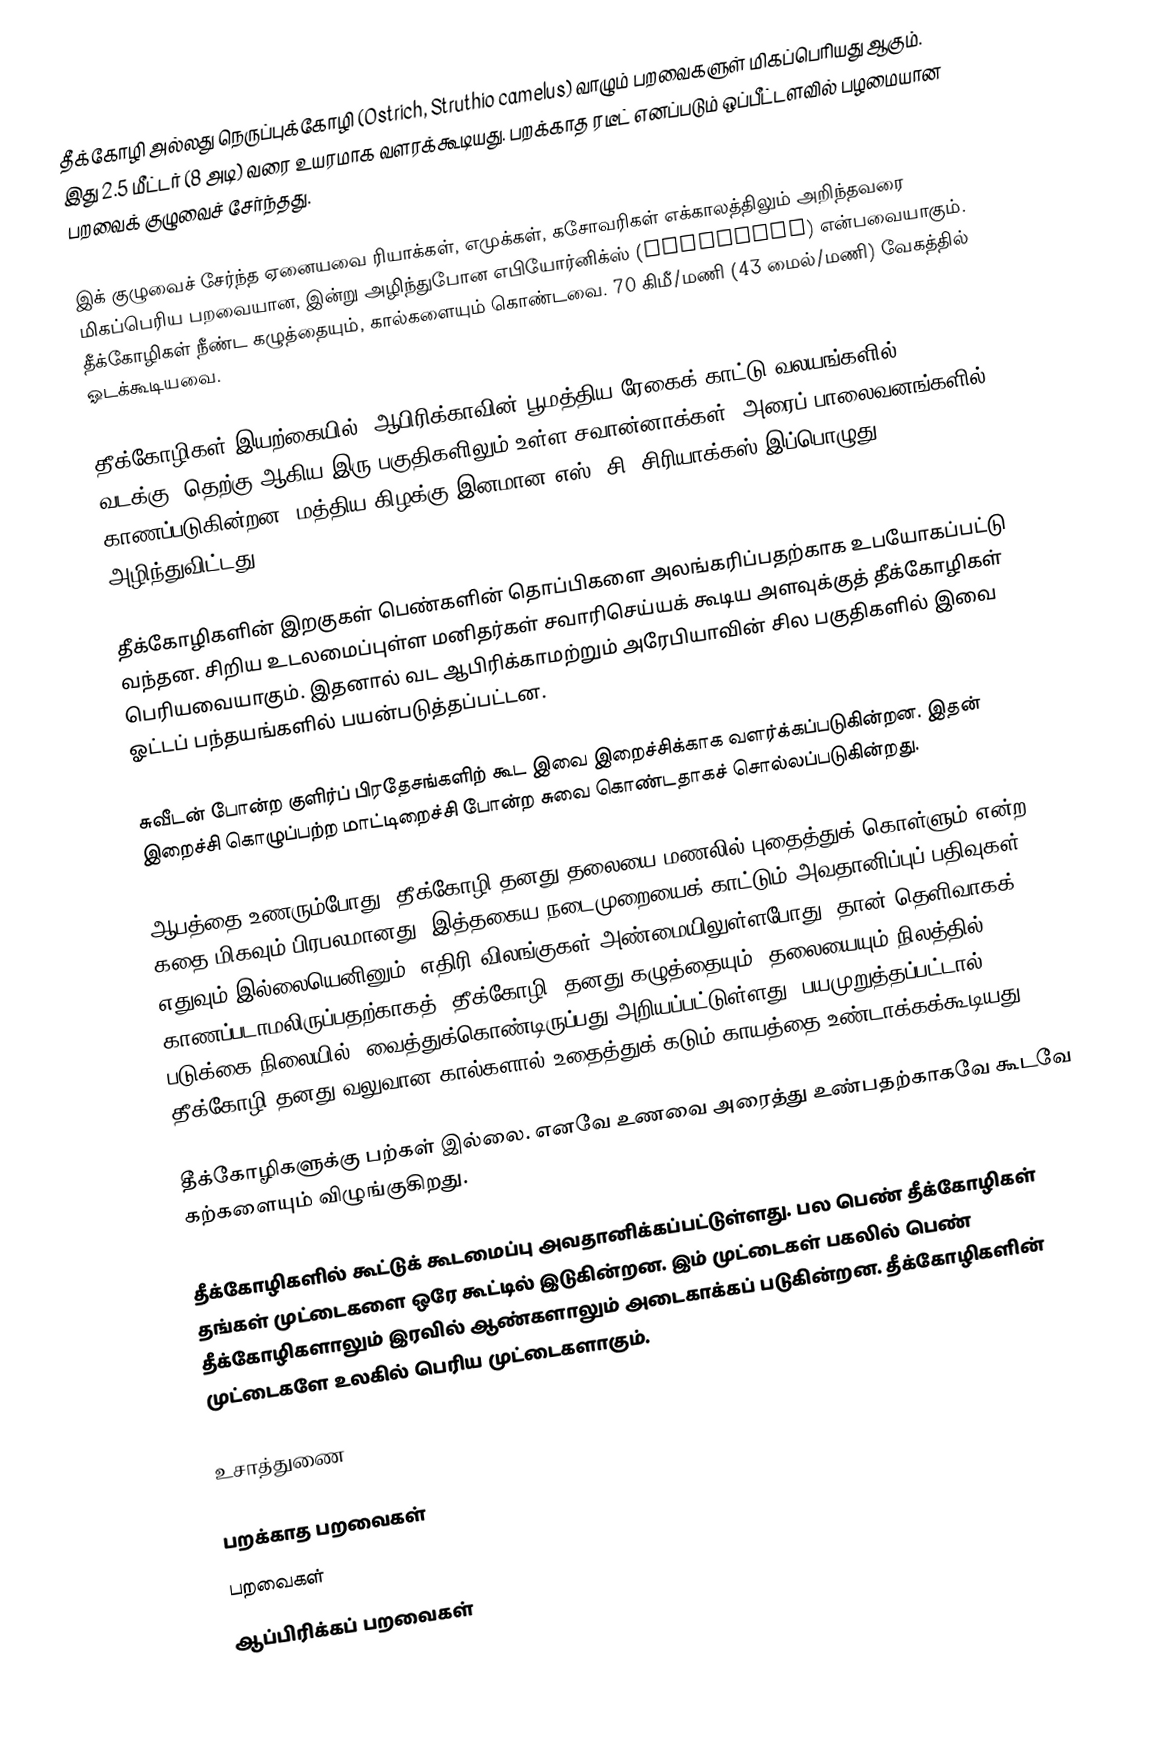
தீக்கோழி அல்லது நெருப்புக்கோழி (Ostrich, Struthio camelus) வாழும் பறவைகளுள் மிகப்பெரியது ஆகும். இது 2.5 மீட்டர் (8 அடி) வரை உயரமாக வளரக்கூடியது. பறக்காத ரடீட் எனப்படும் ஒப்பீட்டளவில் பழமையான பறவைக் குழுவைச் சேர்ந்தது.

இக் குழுவைச் சேர்ந்த ஏனையவை ரியாக்கள், எமுக்கள், கசோவரிகள் எக்காலத்திலும் அறிந்தவரை மிகப்பெரிய பறவையான, இன்று அழிந்துபோன எபியோர்னிக்ஸ் (Aepyornis) என்பவையாகும். தீக்கோழிகள் நீண்ட கழுத்தையும், கால்களையும் கொண்டவை. 70 கிமீ/மணி (43 மைல்/மணி) வேகத்தில் ஓடக்கூடியவை.

தீக்கோழிகள் இயற்கையில், ஆபிரிக்காவின் பூமத்திய ரேகைக் காட்டு வலயங்களில், வடக்கு, தெற்கு ஆகிய இரு பகுதிகளிலும் உள்ள சவான்னாக்கள், அரைப் பாலைவனங்களில் காணப்படுகின்றன. மத்திய கிழக்கு இனமான எஸ். சி. சிரியாக்கஸ் இப்பொழுது அழிந்துவிட்டது.

தீக்கோழிகளின் இறகுகள் பெண்களின் தொப்பிகளை அலங்கரிப்பதற்காக உபயோகப்பட்டு வந்தன. சிறிய உடலமைப்புள்ள மனிதர்கள் சவாரிசெய்யக் கூடிய அளவுக்குத் தீக்கோழிகள் பெரியவையாகும். இதனால் வட ஆபிரிக்காமற்றும் அரேபியாவின் சில பகுதிகளில் இவை ஓட்டப் பந்தயங்களில் பயன்படுத்தப்பட்டன.

சுவீடன் போன்ற குளிர்ப் பிரதேசங்களிற் கூட இவை இறைச்சிக்காக வளர்க்கப்படுகின்றன. இதன் இறைச்சி கொழுப்பற்ற மாட்டிறைச்சி போன்ற சுவை கொண்டதாகச் சொல்லப்படுகின்றது.

ஆபத்தை உணரும்போது, தீக்கோழி தனது தலையை மணலில் புதைத்துக் கொள்ளும் என்ற கதை மிகவும் பிரபலமானது. இத்தகைய நடைமுறையைக் காட்டும் அவதானிப்புப் பதிவுகள் எதுவும் இல்லையெனினும், எதிரி விலங்குகள் அண்மையிலுள்ளபோது, தான் தெளிவாகக் காணப்படாமலிருப்பதற்காகத், தீக்கோழி, தனது கழுத்தையும், தலையையும் நிலத்தில், படுக்கை நிலையில், வைத்துக்கொண்டிருப்பது அறியப்பட்டுள்ளது. பயமுறுத்தப்பட்டால், தீக்கோழி தனது வலுவான கால்களால் உதைத்துக் கடும் காயத்தை உண்டாக்கக்கூடியது.

தீக்கோழிகளுக்கு பற்கள் இல்லை. எனவே உணவை அரைத்து உண்பதற்காகவே கூடவே கற்களையும் விழுங்குகிறது.

தீக்கோழிகளில் கூட்டுக் கூடமைப்பு அவதானிக்கப்பட்டுள்ளது. பல பெண் தீக்கோழிகள் தங்கள் முட்டைகளை ஒரே கூட்டில் இடுகின்றன. இம் முட்டைகள் பகலில் பெண் தீக்கோழிகளாலும் இரவில் ஆண்களாலும் அடைகாக்கப் படுகின்றன. தீக்கோழிகளின் முட்டைகளே உலகில் பெரிய முட்டைகளாகும்.

உசாத்துணை

பறக்காத பறவைகள்
பறவைகள்
ஆப்பிரிக்கப் பறவைகள்